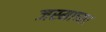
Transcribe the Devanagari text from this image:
जस्माच्या